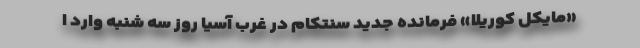
«مایکل کوریلا» فرمانده جدید سنتکام در غرب آسیا روز سه شنبه وارد ا